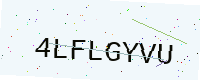
Text: 4LFLGYVU